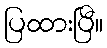
ပြထားပြီ။